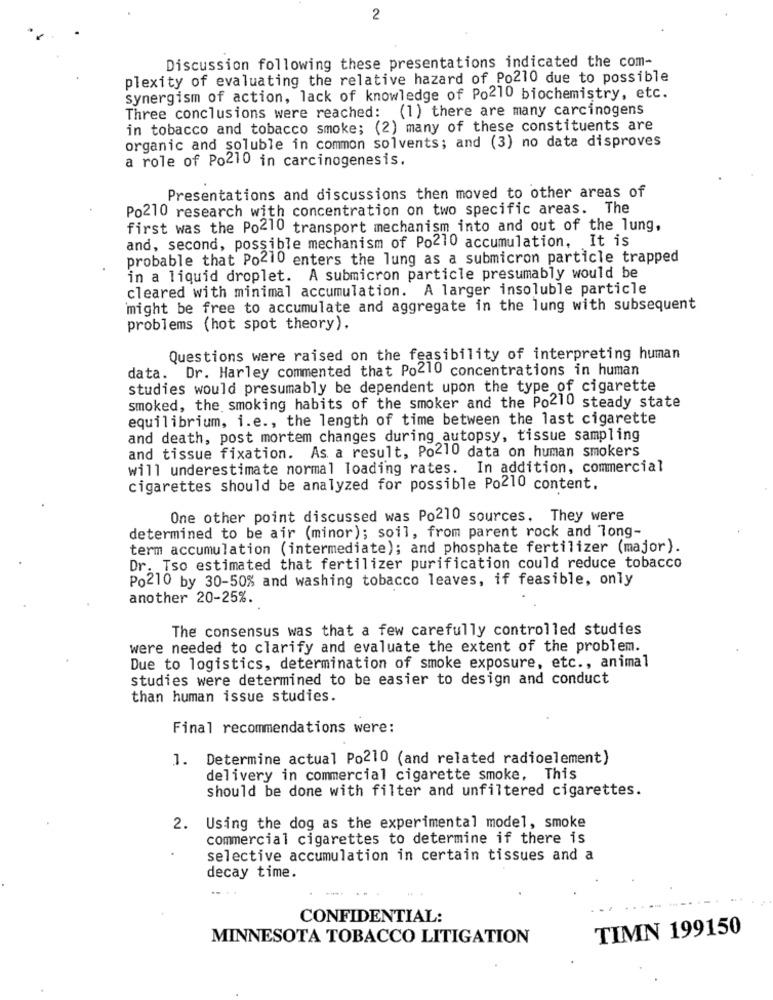
2
Discussion following these presentations indicated the com-
plexity of evaluating the relative hazard of Po210 due to possible
synergism of action, lack of knowledge of Po210 biochemistry, etc.
Three conclusions were reached: (1) there are many carcinogens
in tobacco and tobacco smoke; (2) many of these constituents are
organic and soluble in common solvents; and (3) no data disproves
a role of Po210 in carcinogenesis.
Presentations and discussions then moved to other areas of
Po210 research with concentration on two specific areas. The
first was the Po210 transport mechanism into and out of the lung,
and, second, possible mechanism of Po210 accumulation, It is
probable that Po210 enters the lung as a submicron particle trapped
in a liquid droplet. A submicron particle presumably would be
cleared with minimal accumulation. A larger insoluble particle
might be free to accumulate and aggregate in the lung with subsequent
problems (hot spot theory).
Questions were raised on the feasibility of interpreting human
data. Dr. Harley commented that Po210 concentrations in human
studies would presumably be dependent upon the type of cigarette
smoked, the smoking habits of the smoker and the Po210 steady state
equilibrium, i.e ., the length of time between the last cigarette
and death, post mortem changes during autopsy, tissue sampling
and tissue fixation. As a result, Po210 data on human smokers
will underestimate normal loading rates. In addition, commercial
cigarettes should be analyzed for possible Po210 content.
One other point discussed was Po210 sources. They were
determined to be air (minor); soil, from parent rock and long-
term accumulation (intermediate); and phosphate fertilizer (major).
Dr. Tso estimated that fertilizer purification could reduce tobacco
Po210 by 30-50% and washing tobacco leaves, if feasible, only
another 20-25%.
The consensus was that a few carefully controlled studies
were needed to clarify and evaluate the extent of the problem.
Due to logistics, determination of smoke exposure, etc ., animal
studies were determined to be easier to design and conduct
than human issue studies.
Final recommendations were:
1. Determine actual Po210 (and related radioelement)
delivery in commercial cigarette smoke. This
should be done with filter and unfiltered cigarettes.
2. Using the dog as the experimental model, smoke
commercial cigarettes to determine if there is
selective accumulation in certain tissues and a
decay time.
CONFIDENTIAL:
TIMN 199150
MINNESOTA TOBACCO LITIGATION